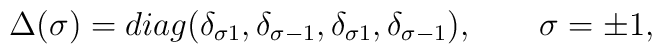
\Delta (\sigma )=diag(\delta _{\sigma 1},\delta _{\sigma -1},\delta _{\sigma1},\delta _{\sigma -1}),\qquad \sigma =\pm 1,